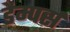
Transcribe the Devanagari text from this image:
डैम्पर्स